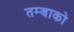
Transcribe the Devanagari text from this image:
तम्बाको